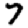
Digit: 7